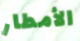
الأمطار